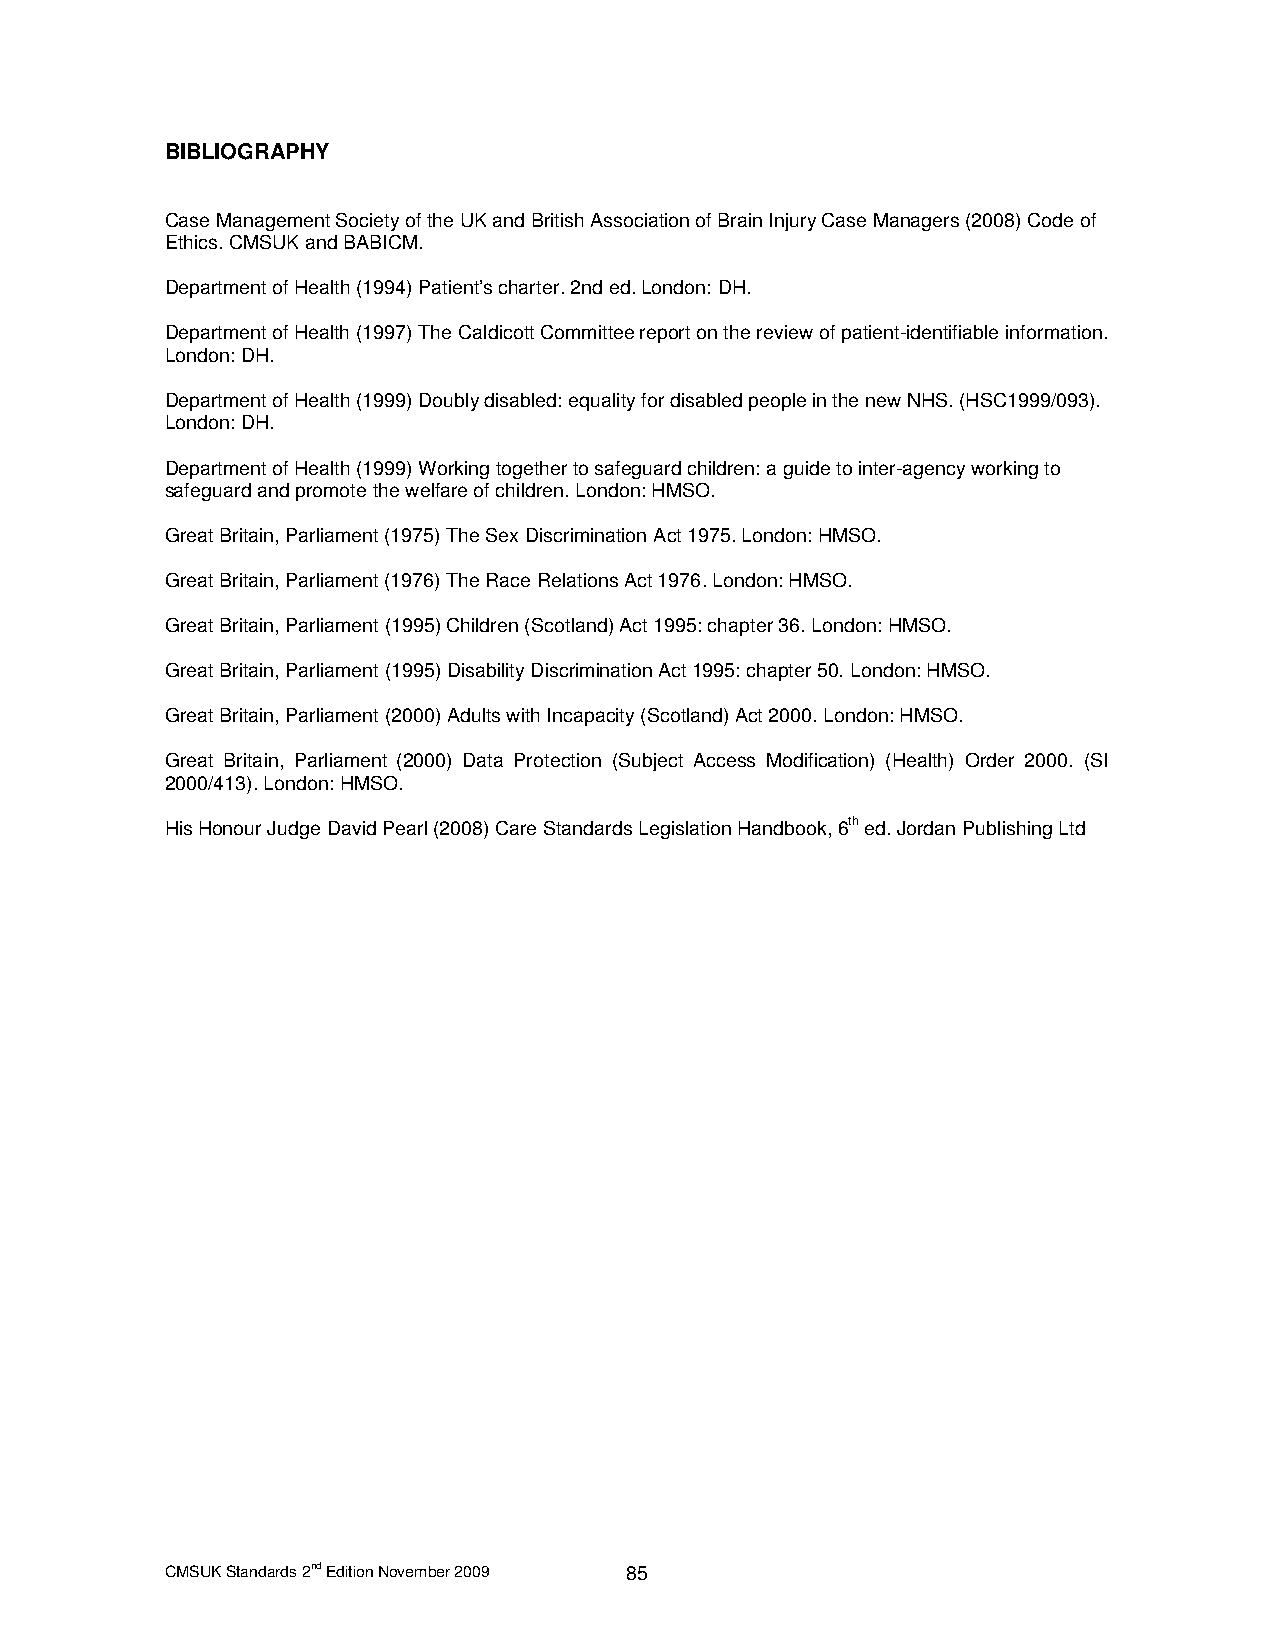
BIBLIOGRAPHY
 Case Management Society of the UK and British Association of Brain Injury Case Managers (2008) Code of
 Ethics. CMSUK and BABICM.
 Department of Health (1994) Patient’s charter. 2nd ed. London: DH.
 Department of Health (1997) The Caldicott Committee report on the review of patient-identifiable information.
 London: DH.
 Department of Health (1999) Doubly disabled: equality for disabled people in the new NHS. (HSC1999/093).
 London: DH.
 Department of Health (1999) Working together to safeguard children: a guide to inter-agency working to
 safeguard and promote the welfare of children. London: HMSO.
 Great Britain, Parliament (1975) The Sex Discrimination Act 1975. London: HMSO.
 Great Britain, Parliament (1976) The Race Relations Act 1976. London: HMSO.
 Great Britain, Parliament (1995) Children (Scotland) Act 1995: chapter 36. London: HMSO.
 Great Britain, Parliament (1995) Disability Discrimination Act 1995: chapter 50. London: HMSO.
 Great Britain, Parliament (2000) Adults with Incapacity (Scotland) Act 2000. London: HMSO.
 Great Britain, Parliament (2000) Data Protection (Subject Access Modification) (Health) Order 2000. (SI
 2000/413). London: HMSO.
 His Honour Judge David Pearl (2008) Care Standards Legislation Handbook, 6th ed. Jordan Publishing Ltd
 CMSUK Standards 2nd Edition November 2009 85